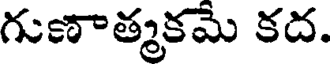
గుణాత్మకమే కద.